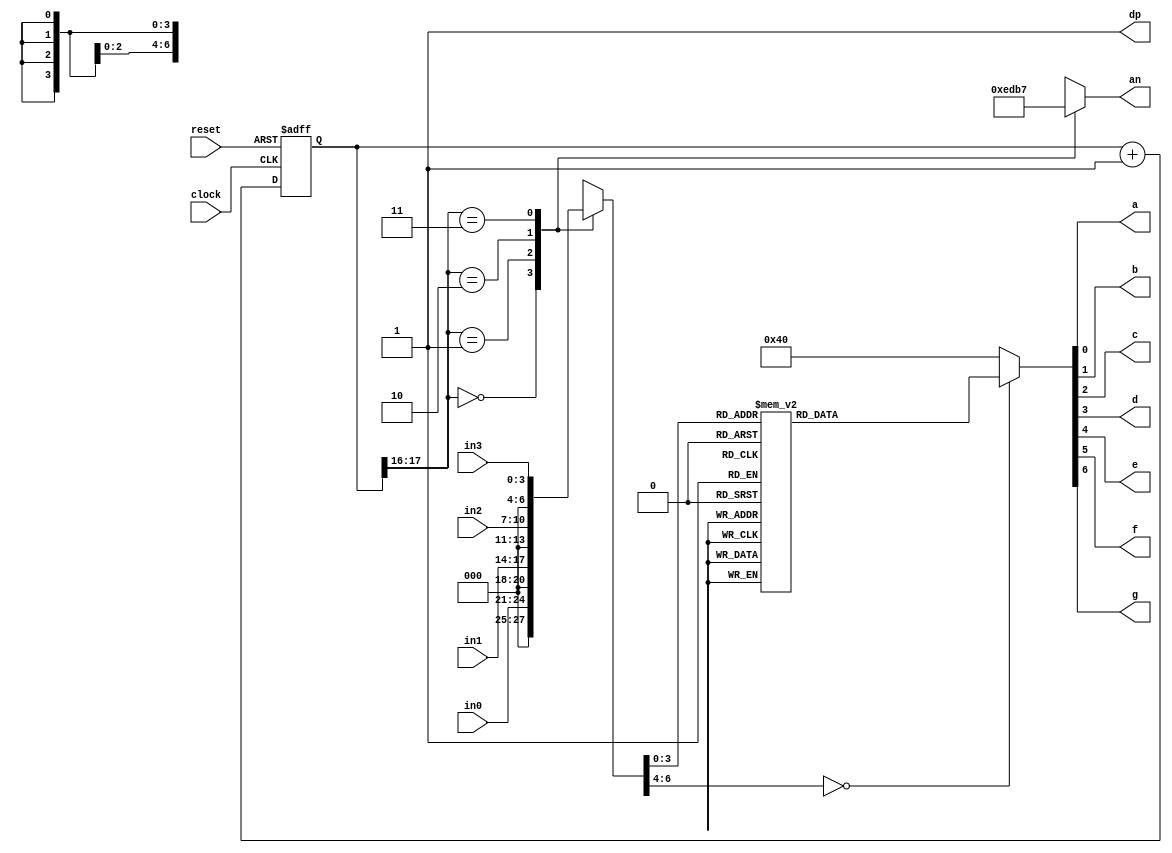
`timescale 1ns / 1ps
//////////////////////////////////////////////////////////////////////////////////
// Company: 
// Engineer: 
// 
// Design Name: 
// Module Name:    seg 
// Project Name: 
// Target Devices: 
// Tool versions: 
// Description: 
//
// Dependencies: 
//
// Revision: 
// Revision 0.01 - File Created
// Additional Comments: 
//
//////////////////////////////////////////////////////////////////////////////////

module sevenseg(
 input clock, reset,

 input [3:0]in0, in1, in2, in3,  //the 4 inputs for each display
 output a, b, c, d, e, f, g, dp, //the individual LED output for the seven segment along with the digital point
 output [3:0] an   // the 4 bit enable signal
 );
 
localparam N = 18;
 
reg [N-1:0]count; //the 18 bit counter which allows us to multiplex at 1000Hz
always @ (posedge clock or posedge reset)
 begin
  if (reset)
   count <= 0;
  else
   count <= count + 1;
 end
 
reg [6:0]sseg; //the 7 bit register to hold the data to output
reg [3:0]an_temp; //register for the 4 bit enable
 
always @ (*)
 begin
  case(count[N-1:N-2]) //using only the 2 MSB's of the counter
    
   2'b00 :  //When the 2 MSB's are 00 enable the fourth display
    begin
     sseg = in0;
     an_temp = 4'b1110;
    end
    
   2'b01:  //When the 2 MSB's are 01 enable the third display
    begin
     sseg = in1;
     an_temp = 4'b1101;
    end
    
   2'b10:  //When the 2 MSB's are 10 enable the second display
    begin
     sseg = in2;
     an_temp = 4'b1011;
    end
     
   2'b11:  //When the 2 MSB's are 11 enable the first display
    begin
     sseg = in3;
     an_temp = 4'b0111;
	  end
	 default : sseg=in0;

   
  endcase
 end
assign an = an_temp;
 
 
reg [6:0] sseg_temp; // 7 bit register to hold the binary value of each input given
 
always @ (*)
 begin
  case(sseg)
   4'd0 : sseg_temp = 7'b1000000; //to display 0
   4'd1 : sseg_temp = 7'b1111001; //to display 1
   4'd2 : sseg_temp = 7'b0100100; //to display 2
   4'd3 : sseg_temp = 7'b0110000; //to display 3
   4'd4 : sseg_temp = 7'b0011001; //to display 4
   4'd5 : sseg_temp = 7'b0010010; //to display 5
   4'd6 : sseg_temp = 7'b0000010; //to display 6
   4'd7 : sseg_temp = 7'b1111000; //to display 7
   4'd8 : sseg_temp = 7'b0000000; //to display 8
   4'd9 : sseg_temp = 7'b0010000; //to display 9
	4'd10 : sseg_temp = 7'b0111111;
   default : sseg_temp = 7'b1000000; //dash
  endcase
 end
assign {g, f, e, d, c, b, a} = sseg_temp; //concatenate the outputs to the register, this is just a more neat way of doing this.
// I could have done in the case statement: 4'd0 : {g, f, e, d, c, b, a} = 7'b1000000;
// its the same thing.. write however you like it
 
assign dp = 1'b1; //since the decimal point is not needed, all 4 of them are turned off
 
 
endmodule
//- See more at: http://simplefpga.blogspot.com/2012/07/seven-segment-led-multiplexing-circuit.html#sthash.cusPb0LR.dpuf